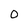
Character: o